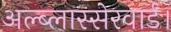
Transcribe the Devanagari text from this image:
अल्ब्लास्सेरवार्ड।